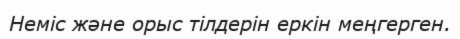
Неміс және орыс тілдерін еркін меңгерген.